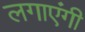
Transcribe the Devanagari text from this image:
लगाएंगी